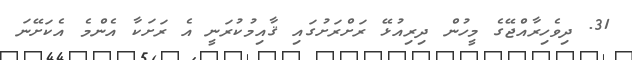
31. ދިވެހިރާއްޖޭގެ މީހުން ދިރިއުޅޭ ރަށްރަށުގައި ޤާއިމުކުރަނީ އެ ރަށަކާ އެންމެ އެކަށޭނަ